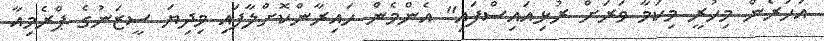
އަހަރެން މިހުރީ މިކަމާ ވަރަށް ރުޅިއައިސްފައި" އެންމެން ހައިރާންކޮށްލާފައި މިދިޔަ ސީޒަނުގެ ޕްރެމިއާ